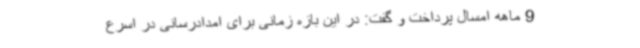
9 ماهه امسال پرداخت و گفت: در این بازه زمانی برای امدادرسانی در اسرع